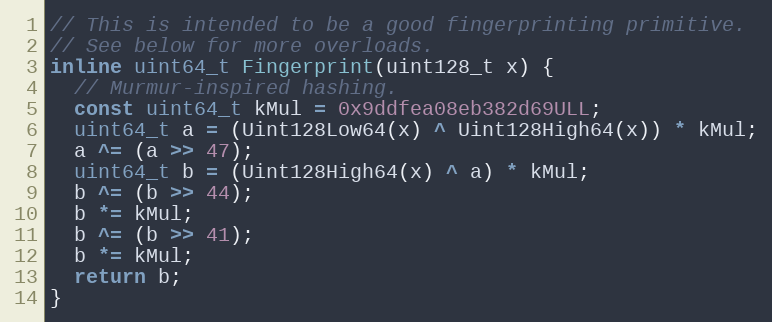
Language: C
// This is intended to be a good fingerprinting primitive.
// See below for more overloads.
inline uint64_t Fingerprint(uint128_t x) {
  // Murmur-inspired hashing.
  const uint64_t kMul = 0x9ddfea08eb382d69ULL;
  uint64_t a = (Uint128Low64(x) ^ Uint128High64(x)) * kMul;
  a ^= (a >> 47);
  uint64_t b = (Uint128High64(x) ^ a) * kMul;
  b ^= (b >> 44);
  b *= kMul;
  b ^= (b >> 41);
  b *= kMul;
  return b;
}